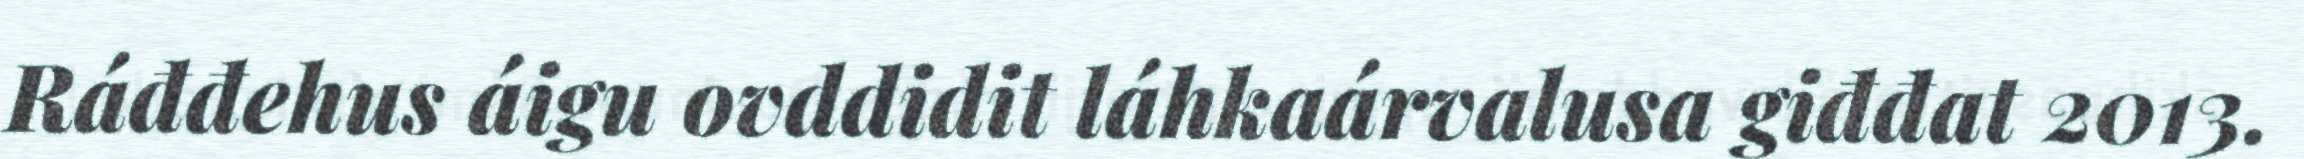
Ráđđehus áigu ovddidit láhkaárvalusa giđđat 2013.